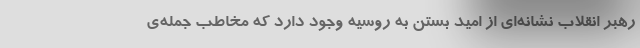
رهبر انقلاب نشانه‌ای از امید بستن به روسیه وجود دارد که مخاطب جمله‌ی